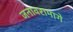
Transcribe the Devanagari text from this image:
जनावरामागे